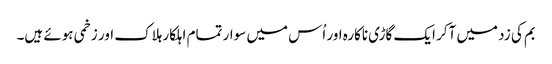
بم کی زد میں آکر ایک گاڑی ناکارہ اور اُس میں سوار تمام اہلکار ہلاک اور زخمی ہوئے ہیں۔